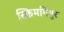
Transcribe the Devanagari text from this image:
स्क्रिमगियूर